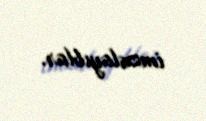
imzalayıblar.